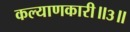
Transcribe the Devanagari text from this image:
कल्याणकारी॥३॥